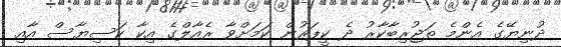
ދުނިޔޭގެ އެންމެ ތަޖުރިބާކާރު ދެ ކީޕަރުން ކަމަށްވާ ރެއާލްގެ އިކާ ކަސިޔާސް އާއި